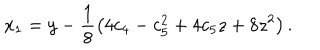
x _ { 1 } = y - \frac { 1 } { 8 } \left( 4 c _ { 4 } - c _ { 5 } ^ { 2 } + 4 c _ { 5 } z + 8 z ^ { 2 } \right) .